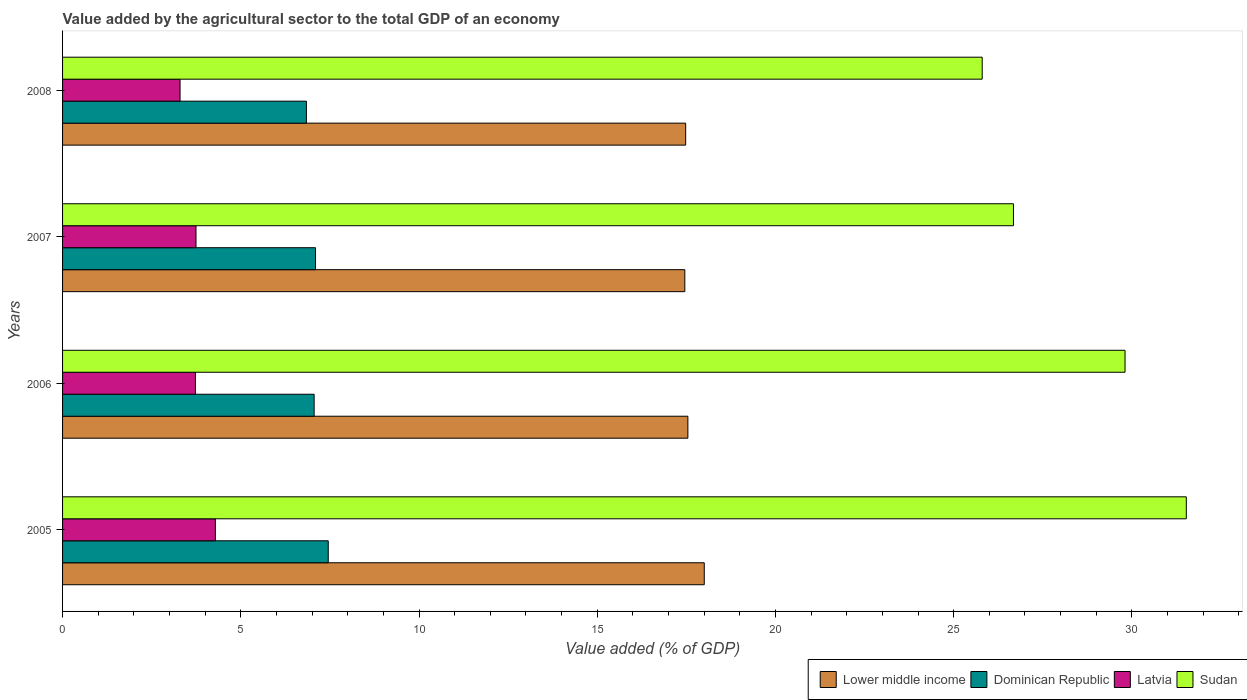
| Years | Lower middle income | Dominican Republic | Latvia | Sudan |
 | --- | --- | --- | --- | --- |
 | 2005 | 18 | 7.45 | 4.29 | 31.5 |
 | 2006 | 17.5 | 7.06 | 3.73 | 29.8 |
 | 2007 | 17.5 | 7.1 | 3.74 | 26.7 |
 | 2008 | 17.5 | 6.84 | 3.3 | 25.8 |